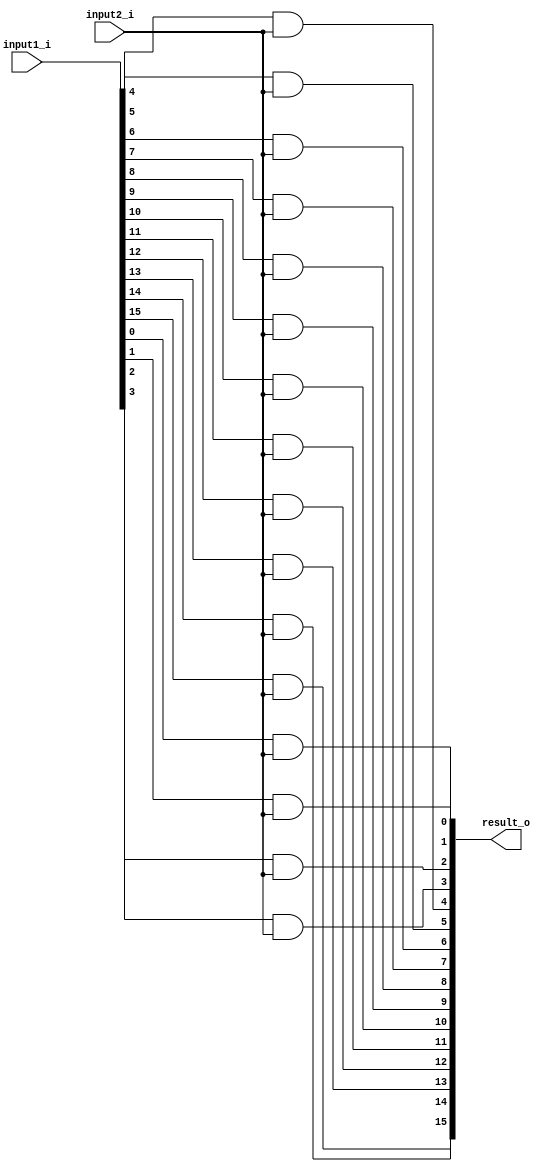
module and_op(input1_i,input2_i,result_o);
input [15:0] input1_i;
input input2_i;
output [15:0] result_o;

assign result_o[0] = input1_i[0] & input2_i;
assign result_o[1] = input1_i[1] & input2_i;
assign result_o[2] = input1_i[2] & input2_i;
assign result_o[3] = input1_i[3] & input2_i;
assign result_o[4] = input1_i[4] & input2_i;
assign result_o[5] = input1_i[5] & input2_i;
assign result_o[6] = input1_i[6] & input2_i;
assign result_o[7] = input1_i[7] & input2_i;
assign result_o[8] = input1_i[8] & input2_i;
assign result_o[9] = input1_i[9] & input2_i;
assign result_o[10] = input1_i[10] & input2_i;
assign result_o[11] = input1_i[11] & input2_i;
assign result_o[12] = input1_i[12] & input2_i;
assign result_o[13] = input1_i[13] & input2_i;
assign result_o[14] = input1_i[14] & input2_i;
assign result_o[15] = input1_i[15] & input2_i;


endmodule